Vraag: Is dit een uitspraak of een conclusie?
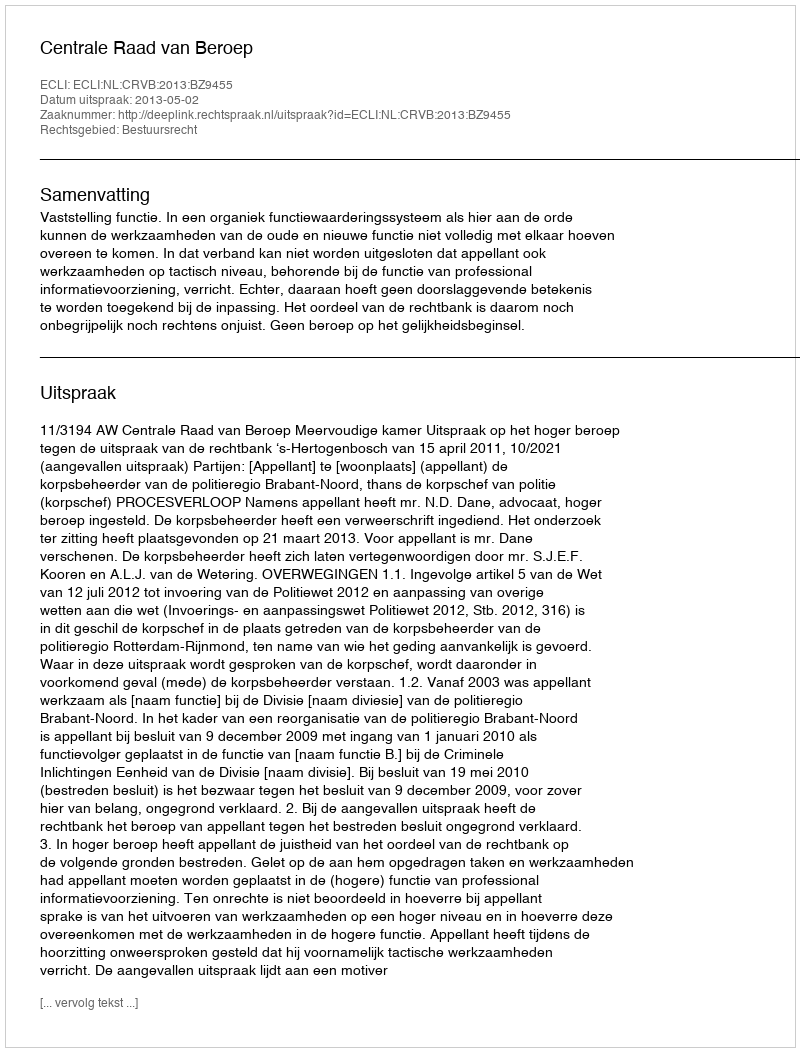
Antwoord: Uitspraak